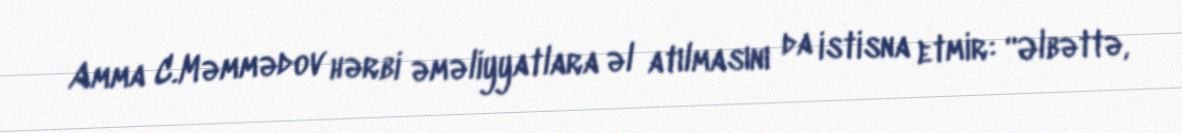
Amma C.Məmmədov hərbi əməliyyatlara əl atılmasını da istisna etmir: “Əlbəttə,